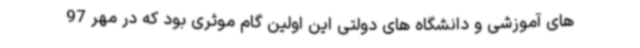
های آموزشی و دانشگاه های دولتی این اولین گام موثری بود که در مهر 97